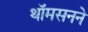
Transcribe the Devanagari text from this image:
थॉमसनने